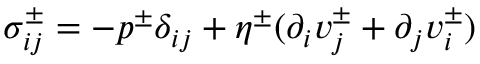
\sigma _ { i j } ^ { \pm } = - p ^ { \pm } \delta _ { i j } + \eta ^ { \pm } ( \partial _ { i } v _ { j } ^ { \pm } + \partial _ { j } v _ { i } ^ { \pm } )